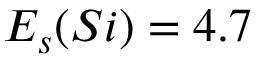
E _ { s } ( S i ) = 4 . 7